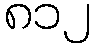
၈၁၂